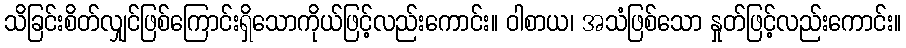
သိခြင်းစိတ်လျှင်ဖြစ်ကြောင်းရှိသောကိုယ်ဖြင့်လည်းကောင်း။ ဝါစာယ၊ အသံဖြစ်သော နှုတ်ဖြင့်လည်းကောင်း။